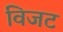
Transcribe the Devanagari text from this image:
विजट